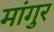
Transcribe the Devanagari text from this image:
मांगुर